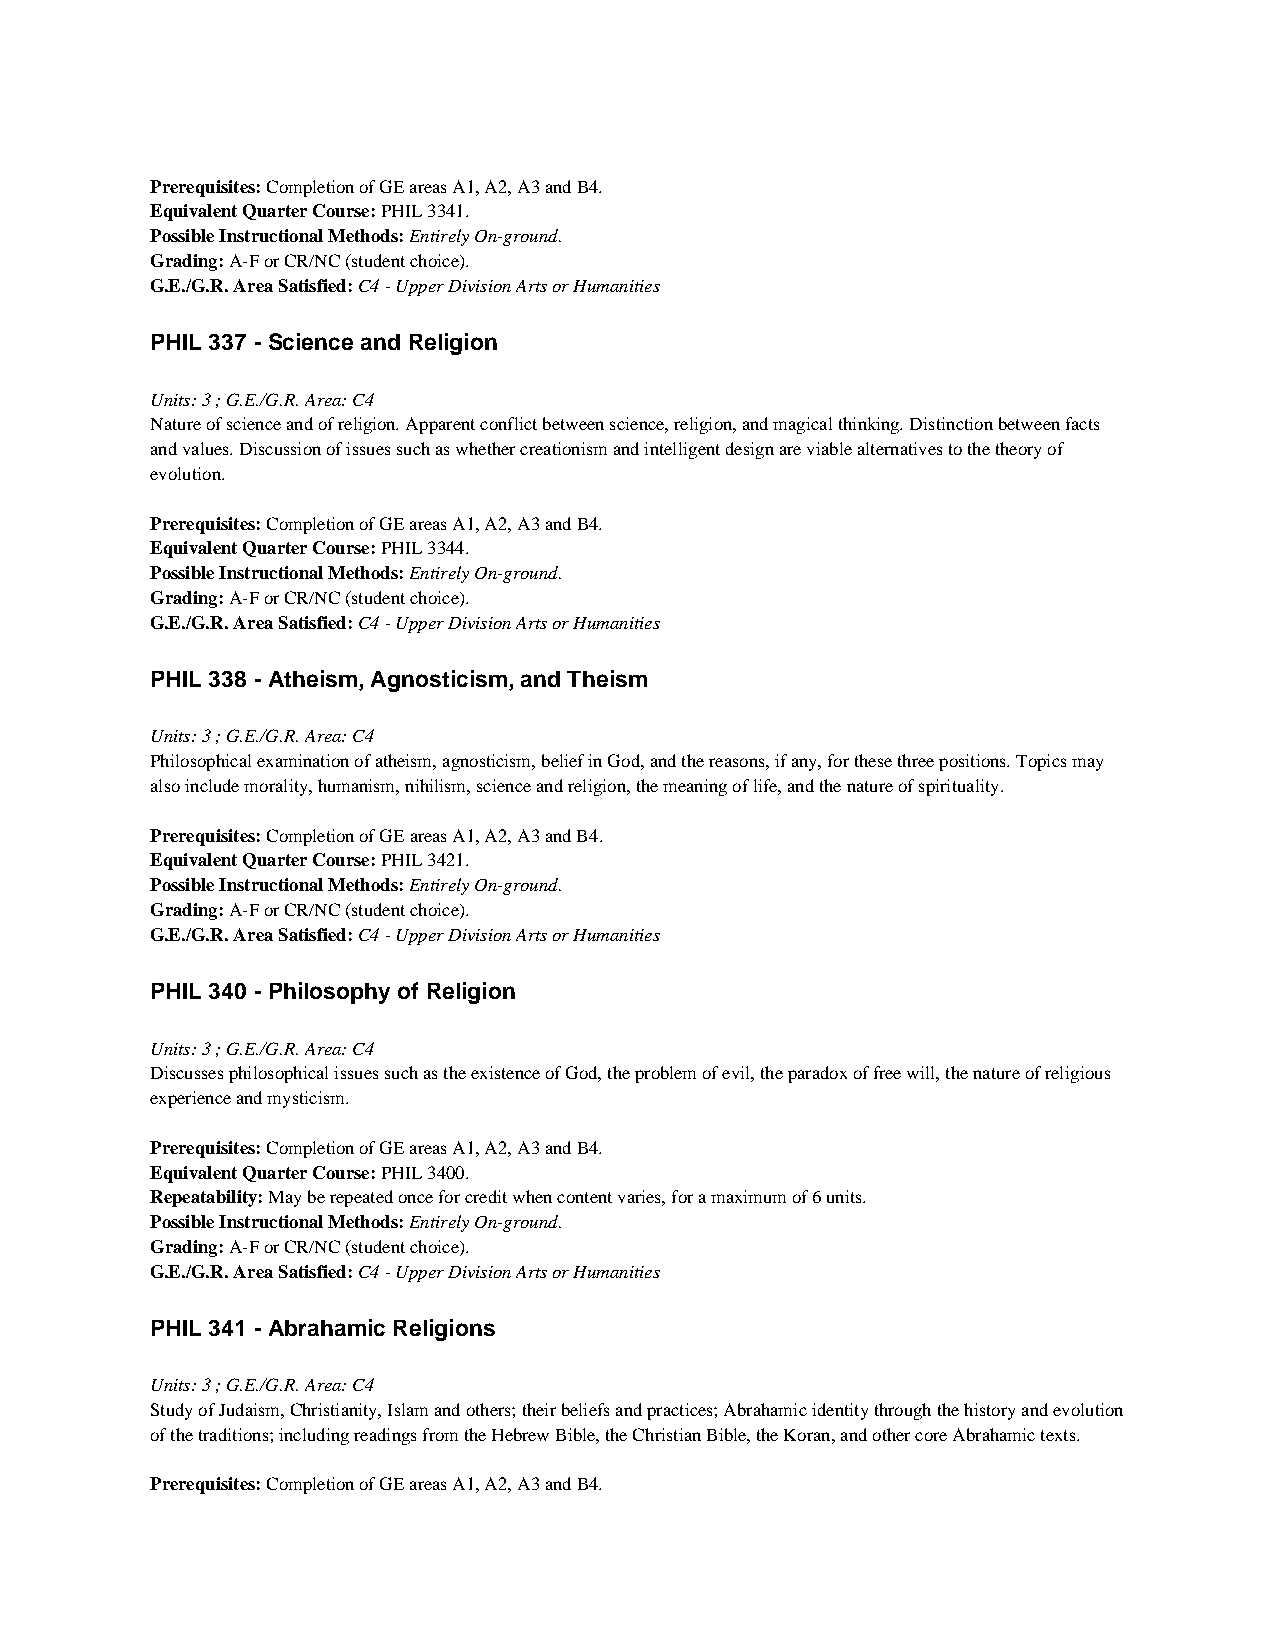
Prerequisites: Completion of GE areas A1, A2, A3 and B4.
 Equivalent Quarter Course: PHIL 3341.
 Possible Instructional Methods: Entirely On-ground.
 Grading: A-F or CR/NC (student choice).
 G.E./G.R. Area Satisfied: C4 - Upper Division Arts or Humanities
 PHIL 337 - Science and Religion
 Units: 3 ; G.E./G.R. Area: C4
 Nature of science and of religion. Apparent conflict between science, religion, and magical thinking. Distinction between facts
 and values. Discussion of issues such as whether creationism and intelligent design are viable alternatives to the theory of
 evolution.
 Prerequisites: Completion of GE areas A1, A2, A3 and B4.
 Equivalent Quarter Course: PHIL 3344.
 Possible Instructional Methods: Entirely On-ground.
 Grading: A-F or CR/NC (student choice).
 G.E./G.R. Area Satisfied: C4 - Upper Division Arts or Humanities
 PHIL 338 - Atheism, Agnosticism, and Theism
 Units: 3 ; G.E./G.R. Area: C4
 Philosophical examination of atheism, agnosticism, belief in God, and the reasons, if any, for these three positions. Topics may
 also include morality, humanism, nihilism, science and religion, the meaning of life, and the nature of spirituality.
 Prerequisites: Completion of GE areas A1, A2, A3 and B4.
 Equivalent Quarter Course: PHIL 3421.
 Possible Instructional Methods: Entirely On-ground.
 Grading: A-F or CR/NC (student choice).
 G.E./G.R. Area Satisfied: C4 - Upper Division Arts or Humanities
 PHIL 340 - Philosophy of Religion
 Units: 3 ; G.E./G.R. Area: C4
 Discusses philosophical issues such as the existence of God, the problem of evil, the paradox of free will, the nature of religious
 experience and mysticism.
 Prerequisites: Completion of GE areas A1, A2, A3 and B4.
 Equivalent Quarter Course: PHIL 3400.
 Repeatability: May be repeated once for credit when content varies, for a maximum of 6 units.
 Possible Instructional Methods: Entirely On-ground.
 Grading: A-F or CR/NC (student choice).
 G.E./G.R. Area Satisfied: C4 - Upper Division Arts or Humanities
 PHIL 341 - Abrahamic Religions
 Units: 3 ; G.E./G.R. Area: C4
 Study of Judaism, Christianity, Islam and others; their beliefs and practices; Abrahamic identity through the history and evolution
 of the traditions; including readings from the Hebrew Bible, the Christian Bible, the Koran, and other core Abrahamic texts.
 Prerequisites: Completion of GE areas A1, A2, A3 and B4.